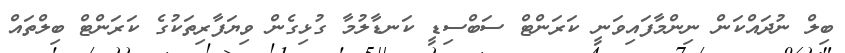
ބިލް ނުދައްކަން ނިންމާފައިވަނީ ކަރަންޓް ސަބްސިޑީ ކަނޑާލުމާ ގުޅިގެން ވިޔަފާރިތަކުގެ ކަރަންޓް ބިލްތައް